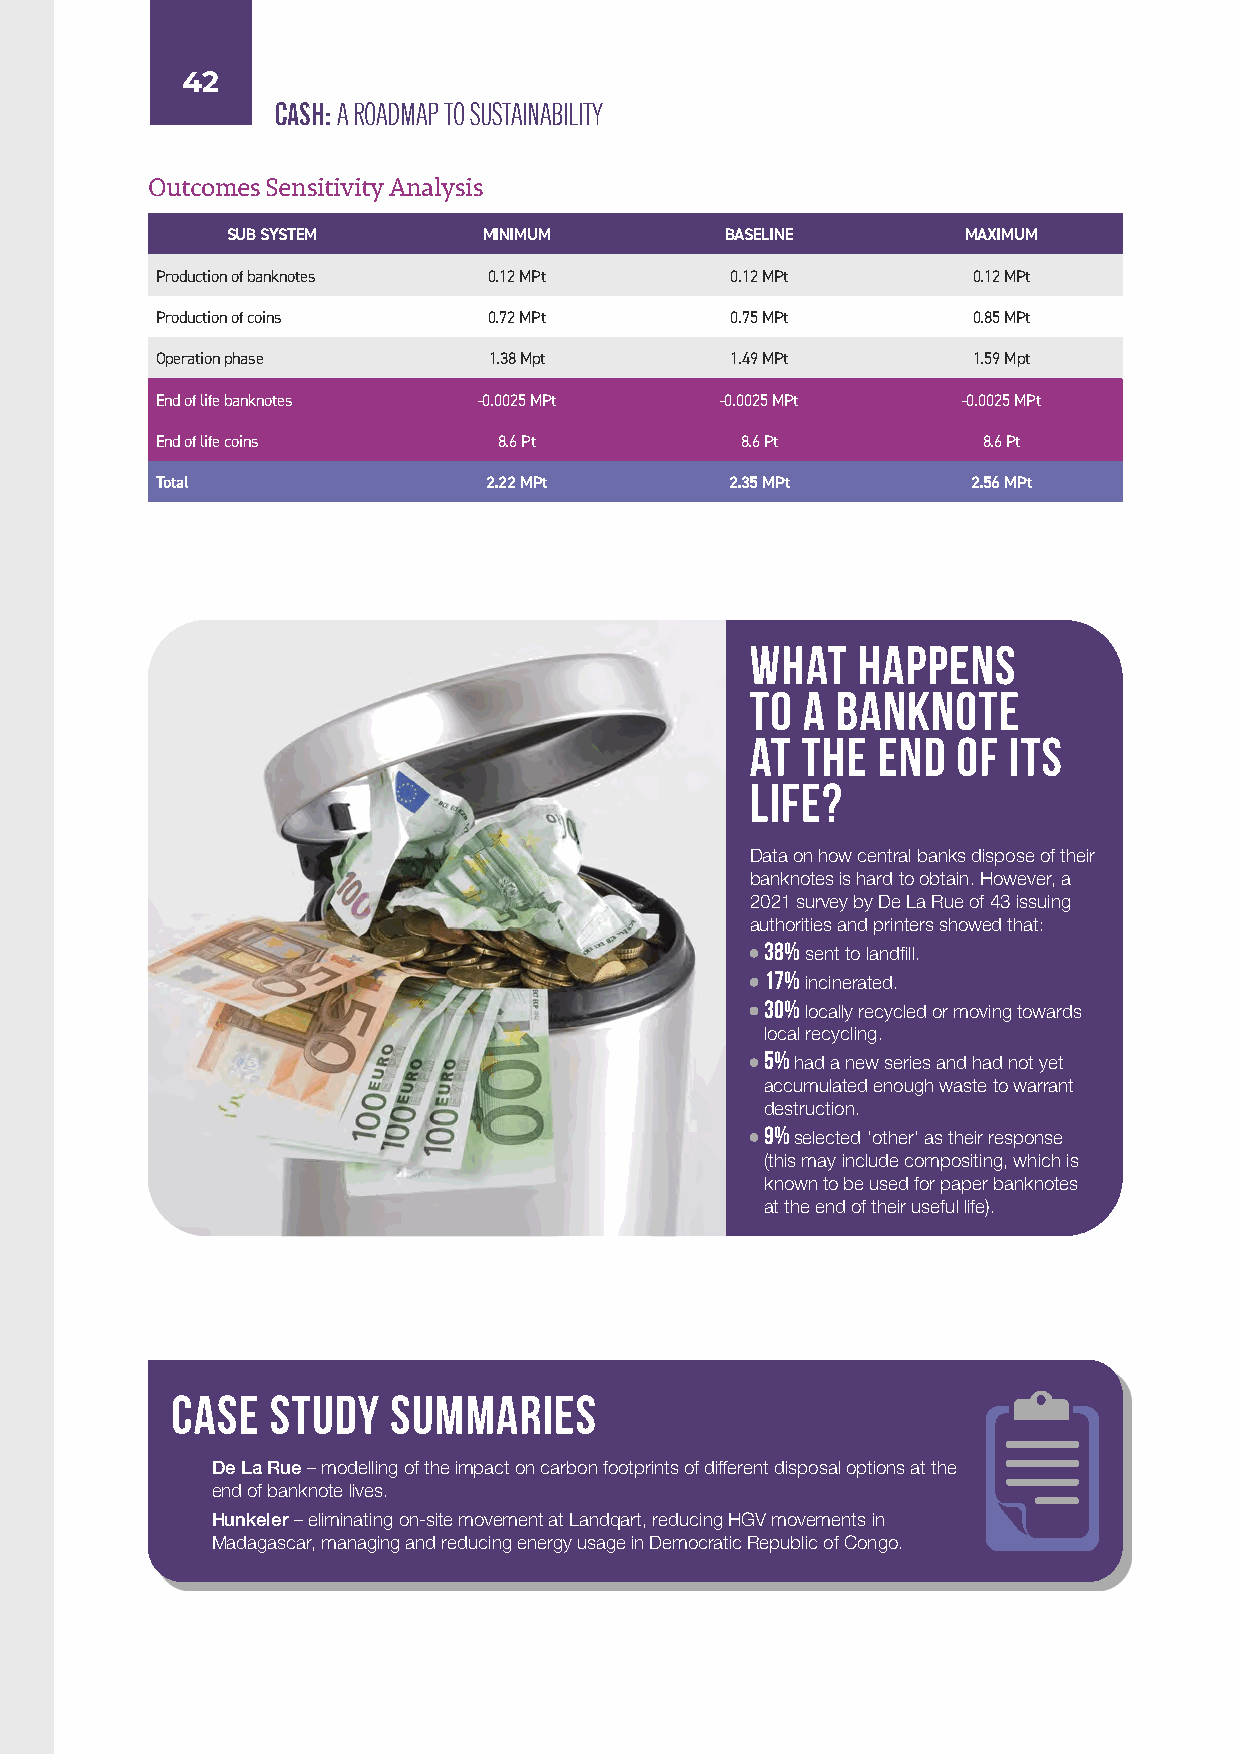
42
 CASH: A ROADMAP TO SUSTAINABILITY
 Outcomes Sensitivity Analysis
 SUB SYSTEM       MINIMUM         BASELINE        MAXIMUM
 Production of banknotes 0.12 MPt      0.12 MPt        0.12 MPt
 Production of coins   0.72 MPt        0.75 MPt        0.85 MPt
 Operation phase       1.38 Mpt        1.49 MPt        1.59 Mpt
 End of life banknotes -0.0025 MPt     -0.0025 MPt     -0.0025 MPt
 End of life coins      8.6 Pt          8.6 Pt          8.6 Pt
 Total                 2.22 MPt        2.35 MPt        2.56 MPt
 What   Happens
 to a Banknote
 at the  End  of  its
 Life?
 Data on how central banks dispose of their
 banknotes is hard to obtain. However, a
 2021 survey by De La Rue of 43 issuing
 authorities and printers showed that:
 38%
 sent to landfill.
 17%
 incinerated.
 30%
 locally recycled or moving towards
 local recycling.
 5%
 had a new series and had not yet
 accumulated enough waste to warrant
 destruction.
 9%
 selected ‘other’ as their response
 (this may include compositing, which is
 known to be used for paper banknotes
 at the end of their useful life).
 CASE   STUDY   SUMMARIES
 De La Rue – modelling of the impact on carbon footprints of different disposal options at the
 end of banknote lives.
 Hunkeler – eliminating on-site movement at Landqart, reducing HGV movements in
 Madagascar, managing and reducing energy usage in Democratic Republic of Congo.